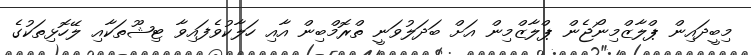
މިބީދައިން ޕްލާޒްމިނޯޖެން ޕްލާޒްމިން އަށް ބަދަލުވަނީ ތްރޮމްބިން އާއި ހަލާކުވެފައިވާ ޓިޝޫތަކާއި ލޭހޮޅިތަކުގެ